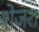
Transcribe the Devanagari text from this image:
शेजरा